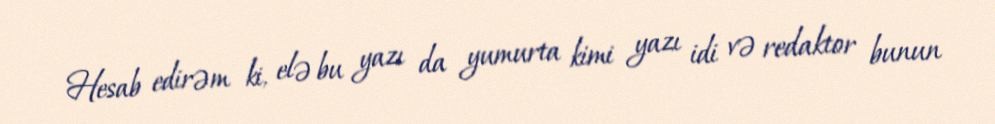
Hesab edirəm ki, elə bu yazı da yumurta kimi yazı idi və redaktor bunun